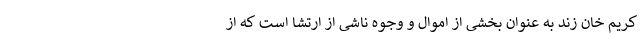
کریم خان زند به عنوان بخشی از اموال و وجوه ناشی از ارتشا است که از